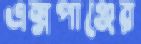
এক্সপাঞ্জের